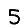
Digit: 5